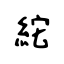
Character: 紽